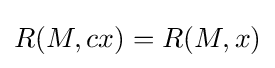
R(M,cx)=R(M,x)